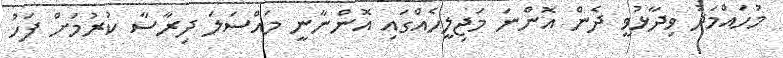
މުހައްމަދު ވިދާޅުވީ ދެން އޮންނަ މަޖިލީހެއްގައި އޮންނާނީ މައްސަލަ ދިރާސާ ކުރުމަށް ފަހު